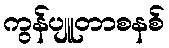
ကွန်ပျူတာစနစ်